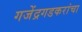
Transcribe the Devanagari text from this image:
गजेंद्रगडकरांचा